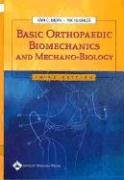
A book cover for Basic Orthopaedic Biomechanics and Mechano-Biology, 3rd ed.; Medical Books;